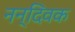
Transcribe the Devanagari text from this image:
नन्दिवक